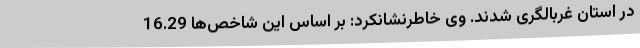
در استان غربالگری شدند. وی خاطرنشانکرد: بر اساس این شاخص‌ها 16.29